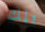
تلك